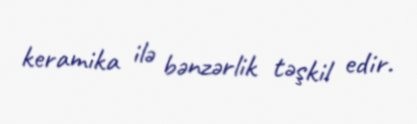
keramika ilə bənzərlik təşkil edir.